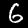
Label: 6